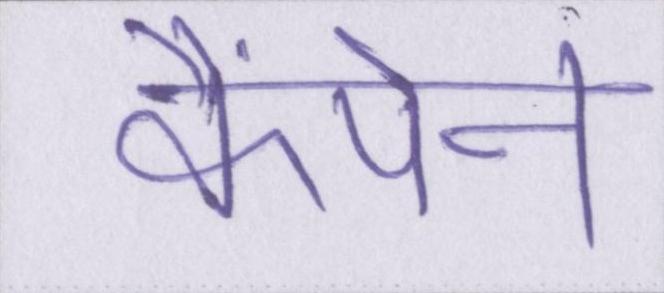
कैंपेन